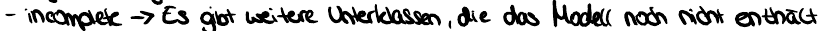
- incomplete -> Es gibt weitere Unterklassen, die das Modell noch nicht enthält